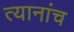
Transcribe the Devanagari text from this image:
त्यानांच